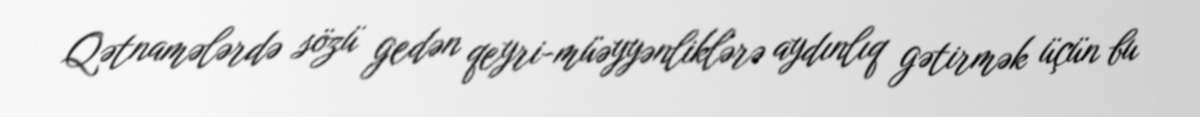
Qətnamələrdə sözü gedən qeyri-müəyyənliklərə aydınlıq gətirmək üçün bu